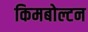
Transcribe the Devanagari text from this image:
किमबोल्टन